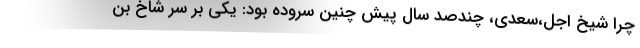
چرا شیخ اجل،سعدی، چندصد سال پیش چنین سروده بود: یکی بر سر شاخ بن